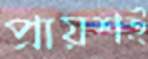
প্রায়শই